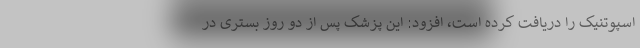
اسپوتنیک را دریافت کرده است، افزود: این پزشک پس از دو روز بستری در